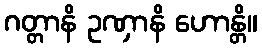
ဂတ္တာနိ ဥဏှာနိ ဟောန္တိ။